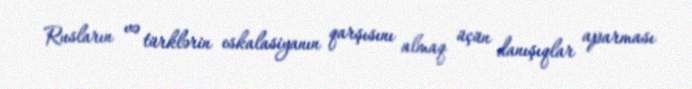
Rusların və türklərin eskalasiyanın qarşısını almaq üçün danışıqlar aparması